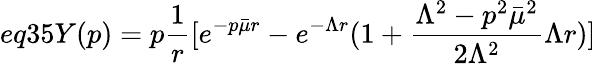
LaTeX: eq35Y(p)=p\frac{1}{r}[e^{-p\bar{\mu}r}-e^{-\Lambda r}(1+\frac{\Lambda^{2}-p^{2}\bar{\mu}^{2}}{2\Lambda^{2}}\Lambda r)]